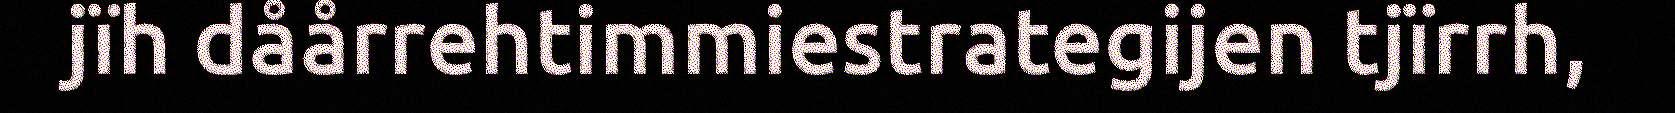
jïh dåårrehtimmiestrategijen tjïrrh,